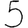
Digit: 5